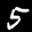
Label: 5